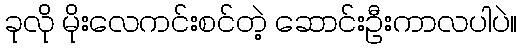
ခုလို မိုးလေကင်းစင်တဲ့ ဆောင်းဦးကာလပါပဲ။